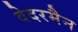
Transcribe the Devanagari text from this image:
वेदरमैन